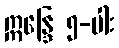
ဣန္ဒြေ ၅-ပါး